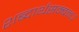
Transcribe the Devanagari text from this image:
शब्दार्थसम्बन्ध